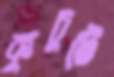
কুচুটে